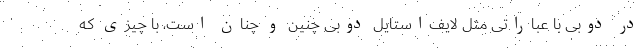
در دوبی با عباراتی مثل لایف‌استایل دوبی چنین و چنان است، با چیزی که